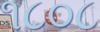
૧૮૦૮